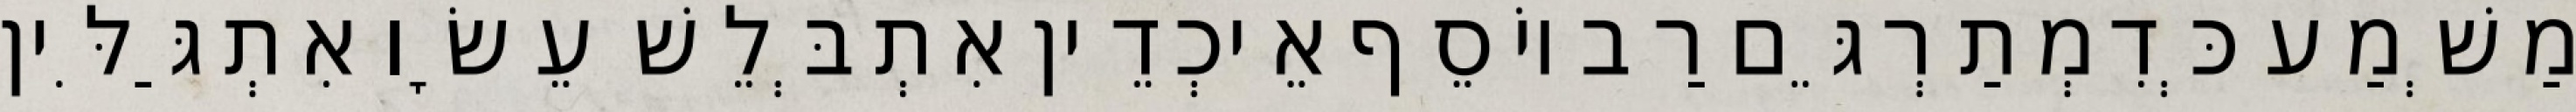
מַשְׁמַע כְּדִמְתַרְגֵּם רַב יוֹסֵף אֵיכְדֵין אִתְבְּלֵשׁ עֵשָׂו אִתְגַּלִּין